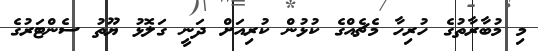
މި މުބާރާތުގެ ހުރިހާ މެޗެއްގެ ކުޅުން ކުރިއަށް ދަނީ ގަލޮޅު ޔޫތު ސެންޓަރުގެ